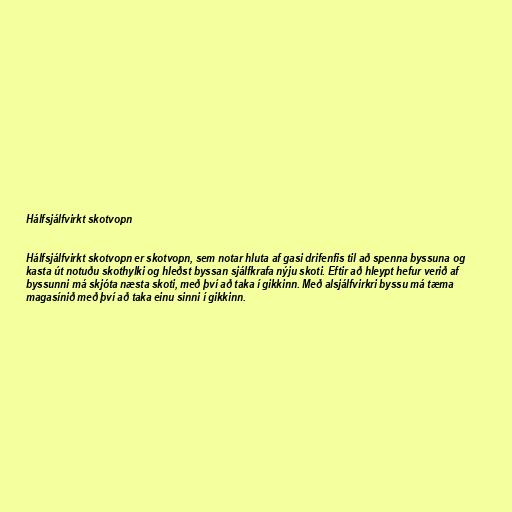
Hálfsjálfvirkt skotvopn

Hálfsjálfvirkt skotvopn er skotvopn, sem notar hluta af gasi drifenfis til að spenna byssuna og
kasta út notuðu skothylki og hleðst byssan sjálfkrafa nýju skoti. Eftir að hleypt hefur verið af
byssunni má skjóta næsta skoti, með því að taka í gikkinn. Með alsjálfvirkri byssu má tæma
magasínið með því að taka einu sinni í gikkinn.